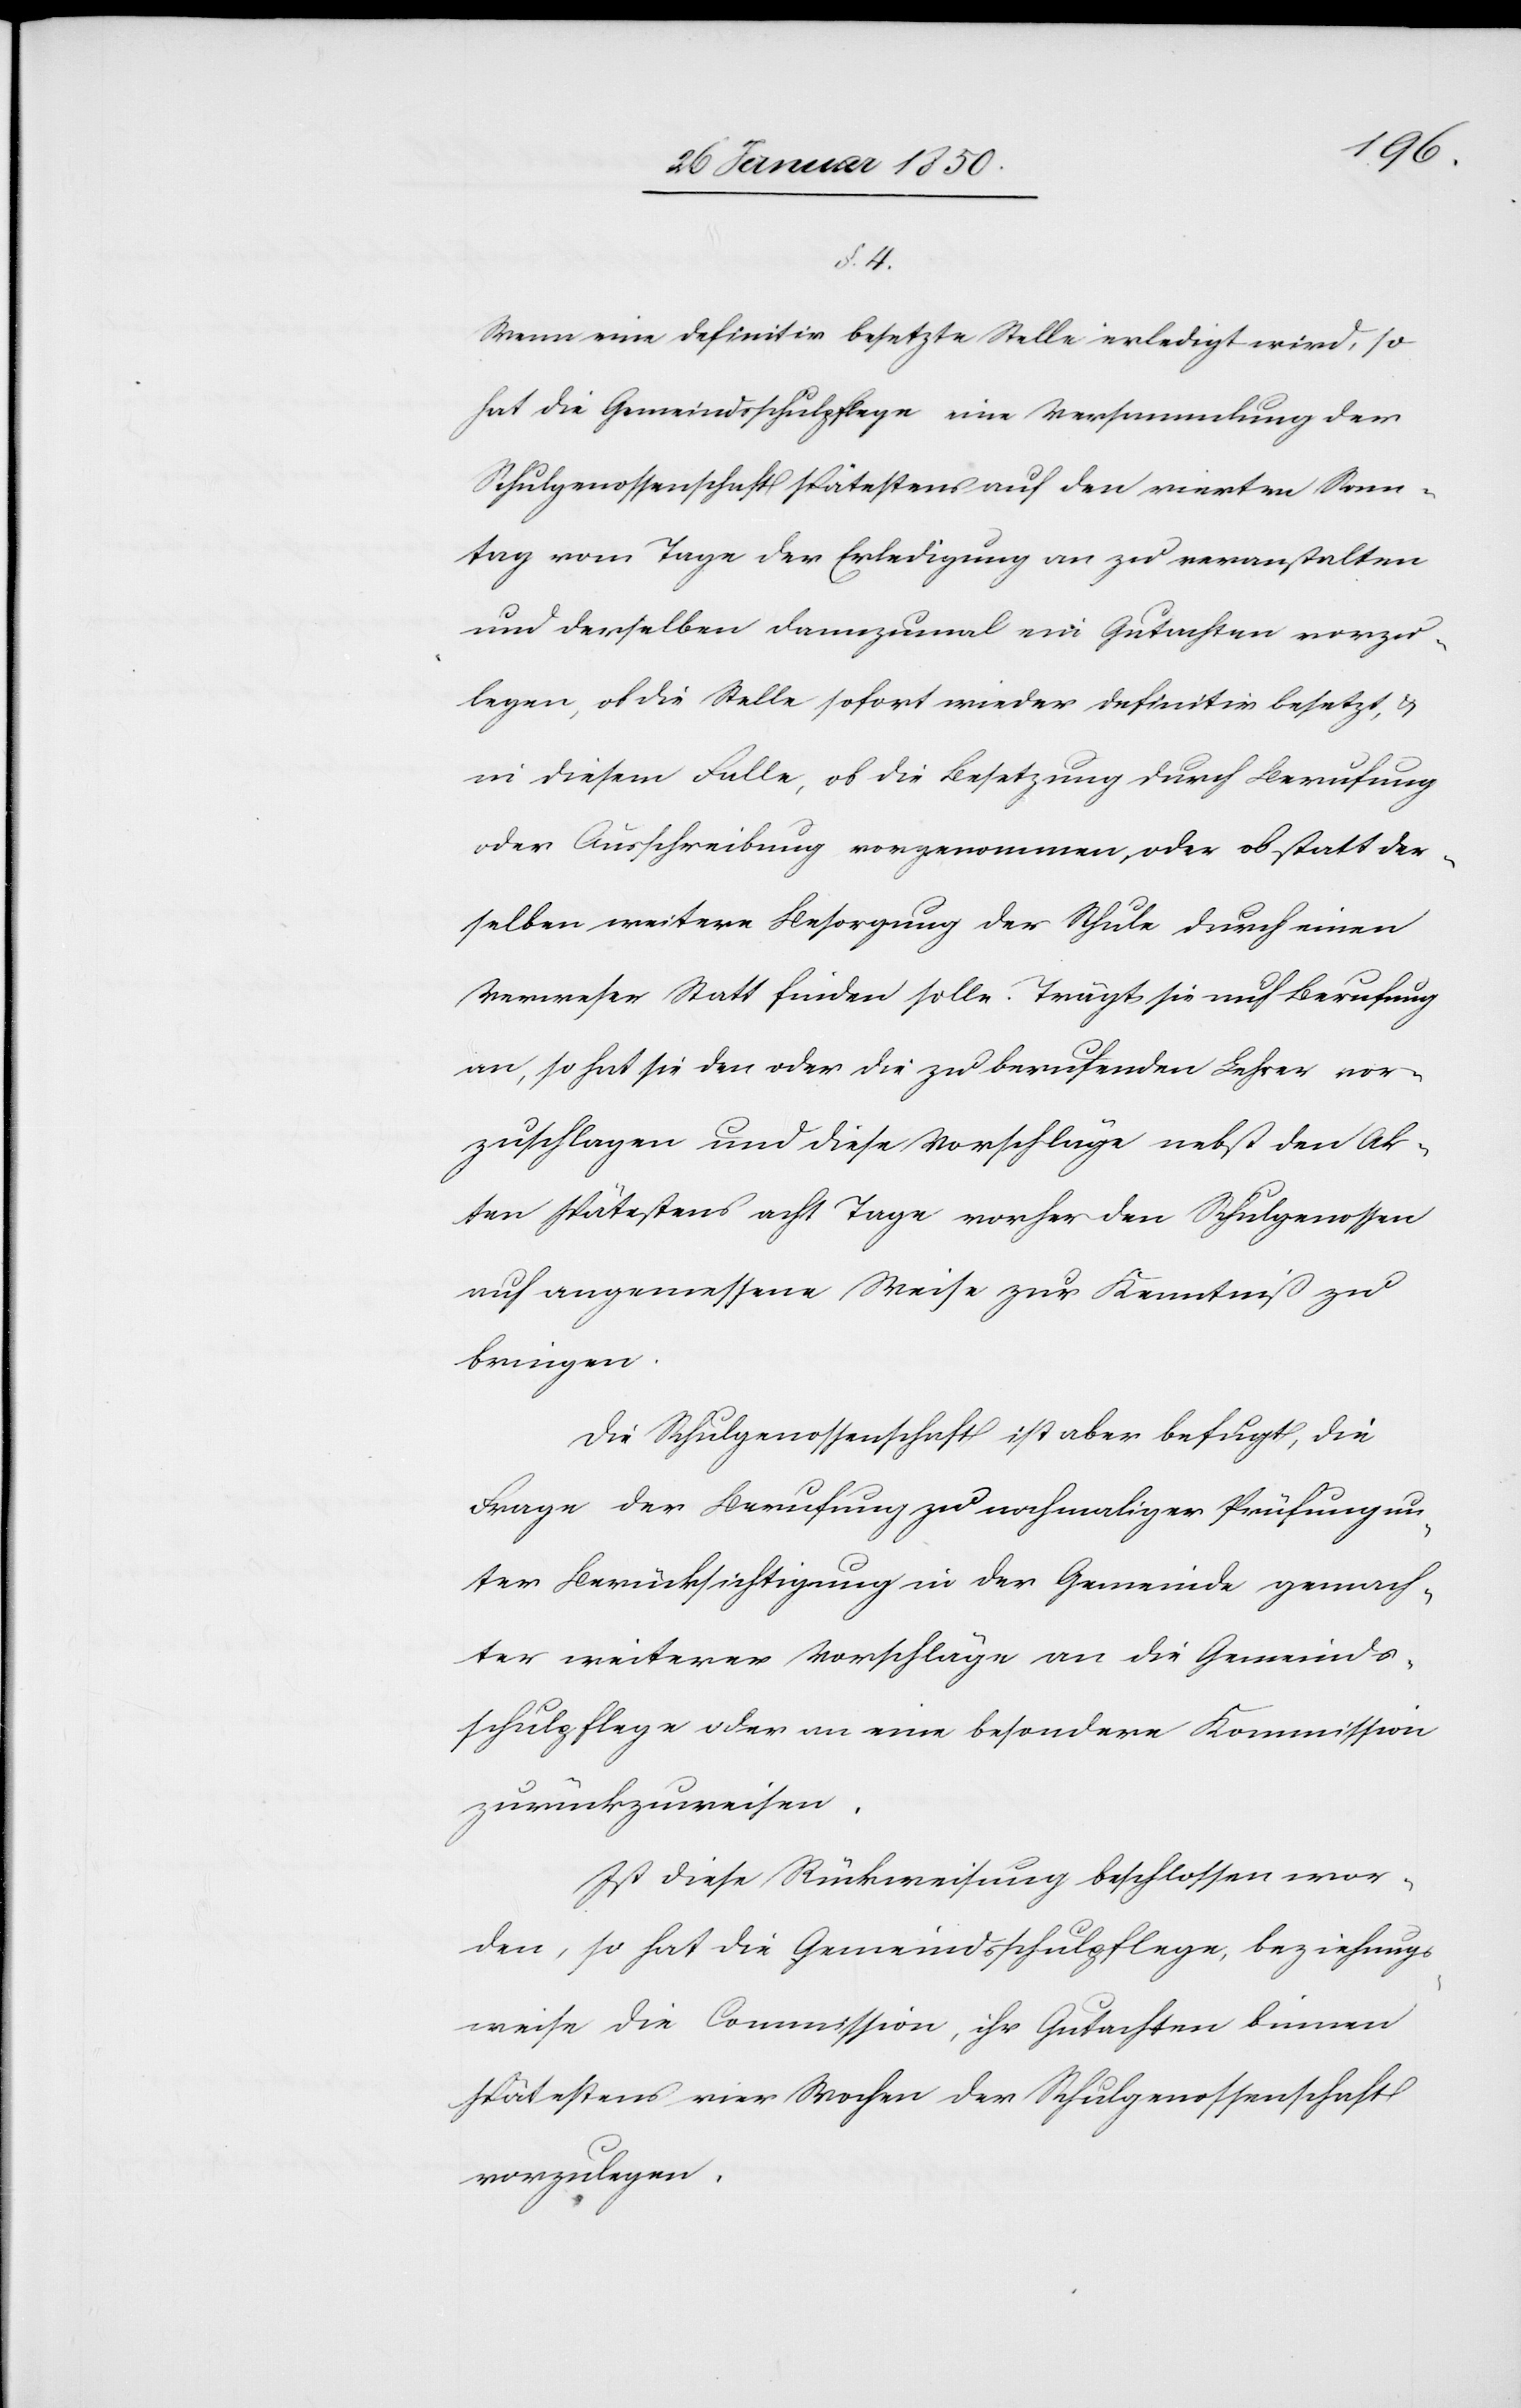
§. 4.
Wenn eine definitiv besetze Stelle erledigt wird, so
hat die Gemeindsschulpflege eine Versammlung der
Schulgenossenschaft spätestens auf den vierten Sonn¬
tag vom Tage der Erledigung an zu veranstalten
und derselben dannzumal ein Gutachten vorzu¬
legen, ob die Stelle sofort wieder definitiv besetzt, u.
in diesem Falle, ob die Besetzung durch Berufung
oder Ausschreibung vorgenommen, oder ob statt der¬
selben weitere Besorgung der Schule durch einen
Verweser Statt finden solle. Trägt sie auf Berufung
an, so hat sie den oder die zu berufenden Lehrer vor¬
zuschlagen und diese Vorschläge nebst den Ak¬
ten spätestens acht Tage vorher den Schulgenossen
auf angemessene Weise zur Kenntniß zu
bringen.
Die Schulgenossenschaft ist aber befugt, die
Frage der Berufung zu nochmaliger Prüfung un¬
ter Berücksichtigung in der Gemeinde gemach¬
ter weiterer Vorschläge an die Gemeinds¬
schulpflege oder an eine besondere Kommission
zurückzuweisen.
Ist diese Rückweisung beschlossen wor¬
den, so hat die Gemeindsschulpflege, beziehungs¬
weise die Commission, ihr Gutachten binnen
spätestens vier Wochen der Schulgenossenschaft
vorzulegen.